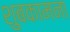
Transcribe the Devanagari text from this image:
शुबकामना